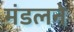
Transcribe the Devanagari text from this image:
मंडलने